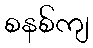
စနစ်ကျ